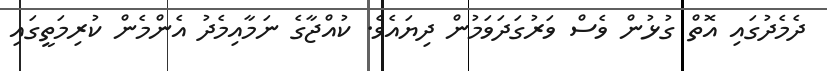
ދެމެދުގައި އޮތް ގުޅުން ވެސް ވަރުގަދަވަމުން ދިޔައެވެ. ކުއްޖާގެ ނަމާއިމެދު އެންމެން ކުރިމަތީގައި